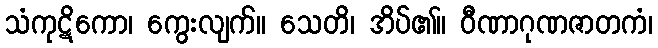
သံကုဋိကော၊ ကွေးလျက်။ သေတိ၊ အိပ်၏။ ဝီဏာဂုဏဇာတကံ၊